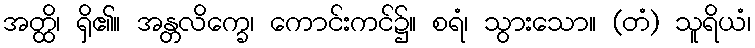
အတ္ထိ၊ ရှိ၏။ အန္တလိက္ခေ၊ ကောင်းကင်၌။ စရံ၊ သွားသော။ (တံ) သူရိယံ၊